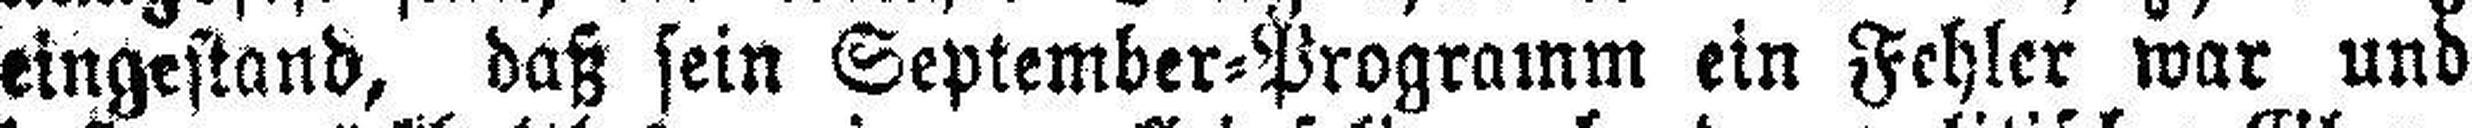
eingestand, daß sein September=Programm ein Fehler war und